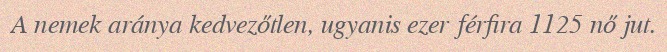
A nemek aránya kedvezőtlen, ugyanis ezer férfira 1125 nő jut.